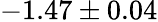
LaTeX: -1.47\pm 0.04